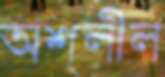
অশ্লীল